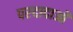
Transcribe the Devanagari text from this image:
परदादाओं